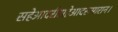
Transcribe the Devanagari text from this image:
सहेआदरीसहेआदरन्मारान।